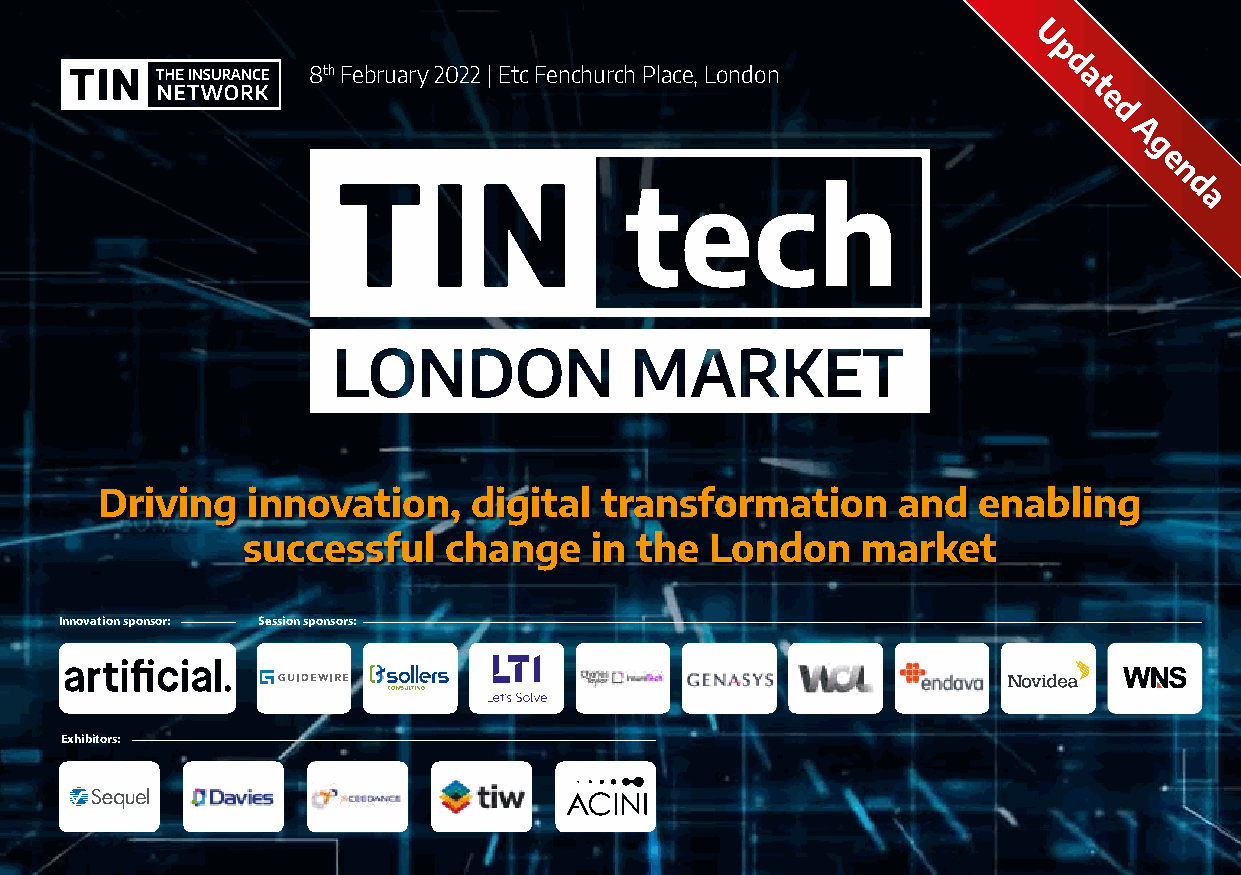
U
 p
 8th February 2022 | Etc Fenchurch Place, London   d
 a
 t
 e
 d
 A
 g
 e
 n
 d
 a
 Driving   innovation,    digital  transformation     and   enabling
 successful   change    in the  London    market
 Innovation sponsor: Session sponsors:
 Exhibitors:
 8th February 2022 | Etc Fenchurch Place, London          TINtech London Market 2022